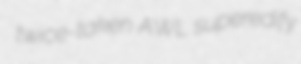
twice-taken AWL superedify